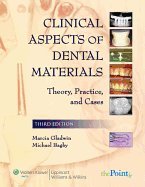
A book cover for Clinical Aspects of Dental Materials 3RD EDITION; Medical Books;